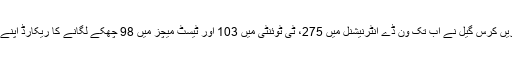
علاوہ ازیں کرس گیل نے اب تک ون ڈے انٹرنیشنل میں 275، ٹی ٹوئنٹی میں 103 اور ٹیسٹ میچز میں 98 چھکے لگانے کا ریکارڈ اپنے نام کیا۔